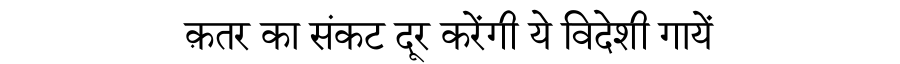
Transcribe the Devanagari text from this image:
क़तर का संकट दूर करेंगी ये विदेशी गायें